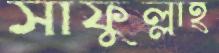
সাফুল্লাহ্